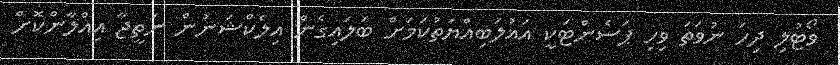
ވޯޓުލި ދިހަ ނުވަތަ ވިހި ޕަސެންޓަކީ އަޣުލަބިއްޔަތުކަމަށް ބަލައިގެން އިލެކްޝަނުން ނަތީޖާ އިއްލާންކޮށް